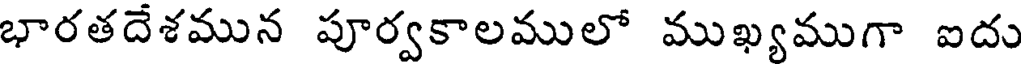
భారతదేశమున పూర్వకాలములో ముఖ్యముగా ఐదు